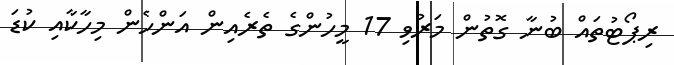
ރިޕޯޓުތައް ބުނާ ގޮތުން މަރުވި 17 މީހުންގެ ތެރެއިން އަންހެން މިހާކާއި ކުޑަ